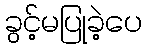
ခွင့်မပြုခဲ့ပေ